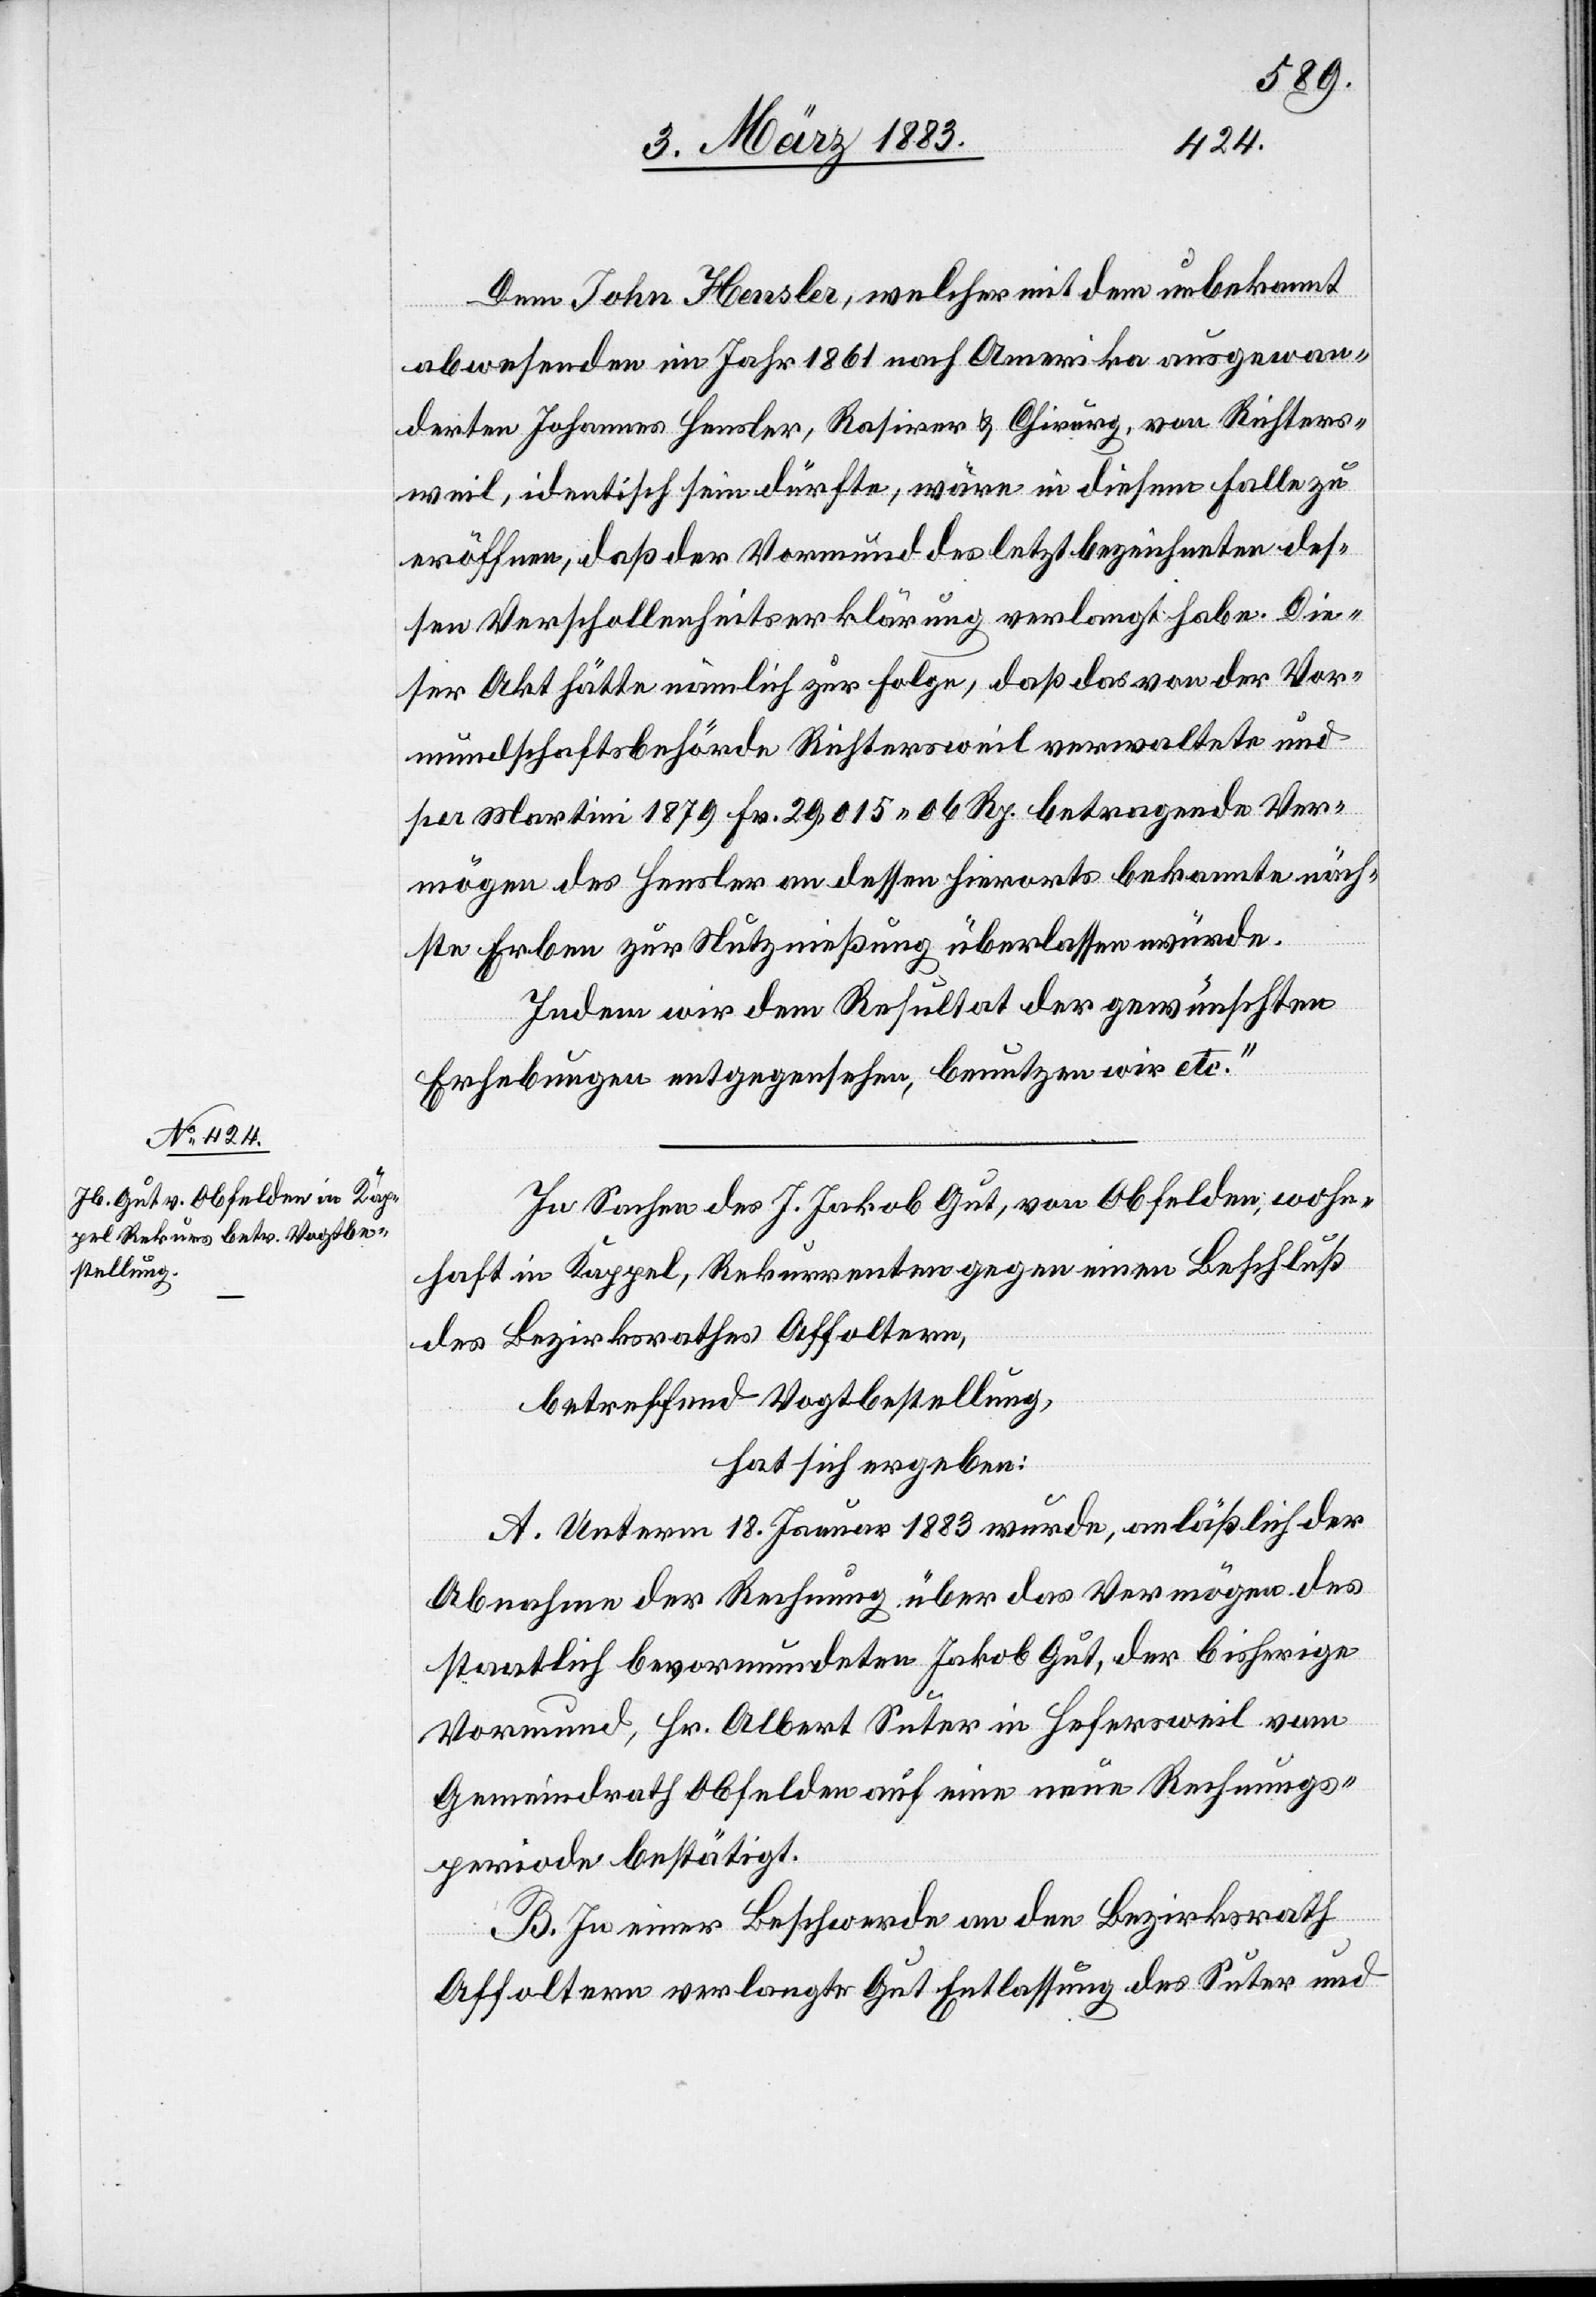
Dem John Hensler, welcher mit dem unbekannt
abwesenden im Jahr 1861 nach Amerika ausgewan¬
derten Johannes Hensler, Rasirer & Chirurg, von Richters¬
weil, identisch sein dürfte, wäre in diesem Falle zu
eröffnen, daß der Vormund des letzt bezeichneten des¬
sen Verschollenheitserklärung verlangt habe. Die¬
ser Akt hätte nämlich zur Folge, daß das von der Vor¬
mundschaftsbehörde Richtersweil verwaltete und
per Martini 1879 Fr. 29,015 06 Rp. betragende Ver¬
mögen des Hensler an dessen hierorts bekannte näch¬
ste Erben zur Nutznießung überlassen würde.
Indem wir dem Resultat der gewünschten
Erhebungen entgegensehen, benutzen wir etc.“
In Sachen des J. Jakob Gut, von Obfelden, wohn¬
haft in Kappel, Rekurrenten gegen einen Beschluß
des Bezirksrathes Affoltern,
betreffend Vogtbestellung,
hat sich ergeben:
A. Unterm 18. Januar 1883 wurde, anläßlich der
Abnahme der Rechnung über das Vermögen des
staatlich bevormundeten Jakob Gut, der bisherige
Vormund, Hr. Albert Suter in Hefersweil vom
Gemeindrath Obfelden auf eine neue Rechnungs¬
periode bestätigt.
B. In einer Beschwerde an den Bezirksrath
Affoltern verlangte Gut Entlassung des Suter und